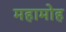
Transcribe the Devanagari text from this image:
महामोह